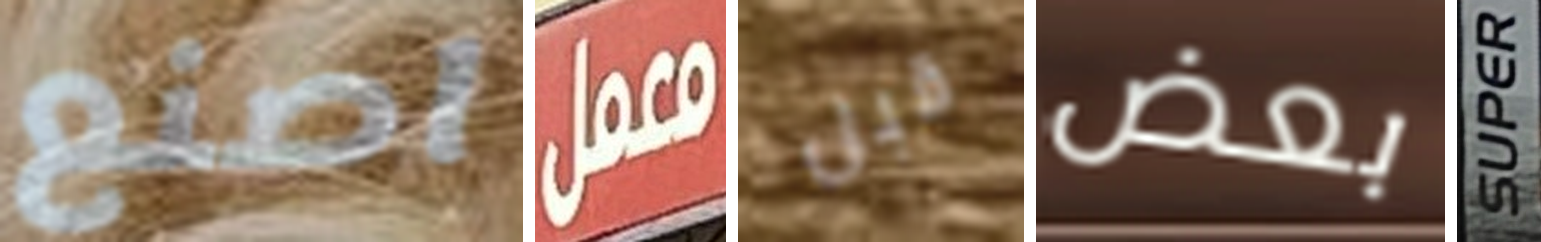
اصنع معمل قبل بعض SUPER